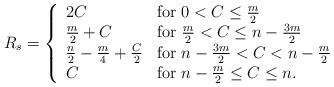
LaTeX: \begin{align*}R_s = \left\{\begin{array}{l l} 2C &\mbox{for $0 < C \leq \frac{m}{2}$} \\ \frac{m}{2} + C & \mbox{for $\frac{m}{2} < C \leq n- \frac{3m}{2}$} \\ \frac{n}{2} - \frac{m}{4} + \frac{C}{2} & \mbox{for $n-\frac{3m}{2} < C < n-\frac{m}{2}$} \\ C & \mbox{for $n-\frac{m}{2} \leq C \leq n$.} \end{array}\right. \end{align*}